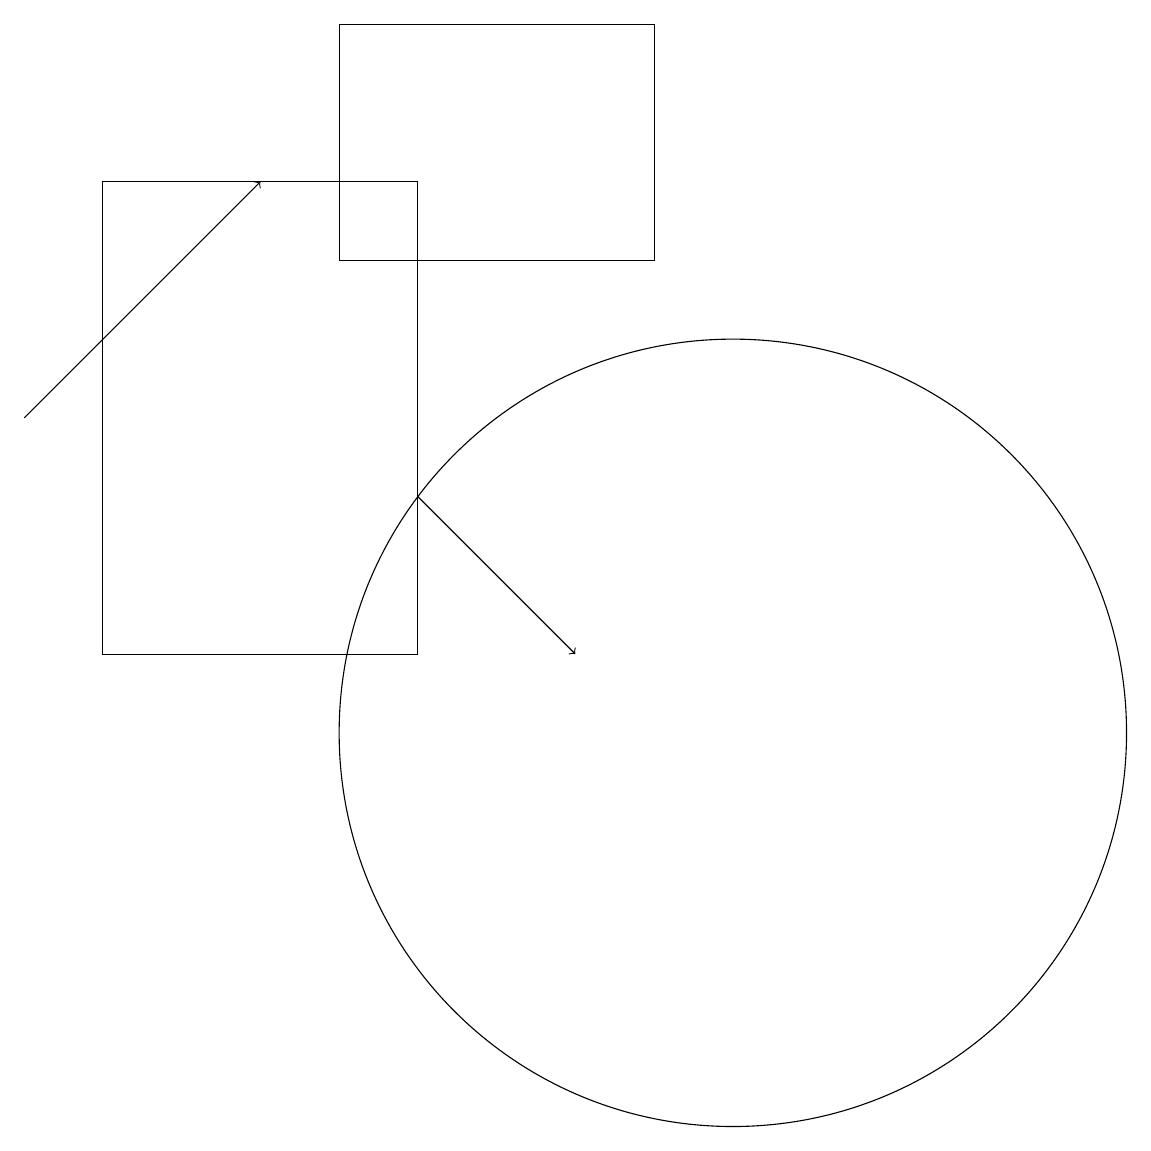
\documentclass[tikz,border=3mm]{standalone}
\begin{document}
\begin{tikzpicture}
\draw[->] (1,14) -- (4,17);
\draw (10,10) circle (5);
\draw[->] (6,13) -- (8,11);
\draw (6,17) rectangle (2,11);
\draw (9,16) rectangle (5,19);
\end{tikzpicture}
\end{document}